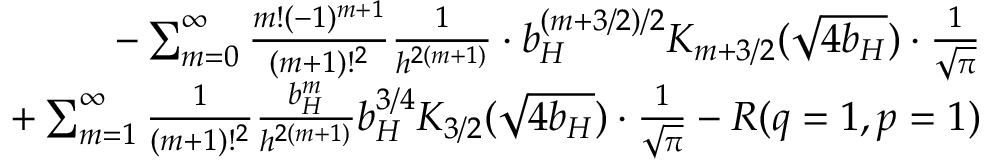
\begin{array} { r l r } & { } & { - \sum _ { m = 0 } ^ { \infty } { \frac { m ! ( - 1 ) ^ { m + 1 } } { ( m + 1 ) ! ^ { 2 } } } { \frac { 1 } { h ^ { 2 ( m + 1 ) } } } \cdot b _ { H } ^ { ( m + 3 / 2 ) / 2 } K _ { m + 3 / 2 } ( \sqrt { 4 b _ { H } } ) \cdot { \frac { 1 } { \sqrt { \pi } } } } \\ & { } & { + \sum _ { m = 1 } ^ { \infty } { \frac { 1 } { ( m + 1 ) ! ^ { 2 } } } { \frac { b _ { H } ^ { m } } { h ^ { 2 ( m + 1 ) } } } b _ { H } ^ { 3 / 4 } K _ { 3 / 2 } ( \sqrt { 4 b _ { H } } ) \cdot { \frac { 1 } { \sqrt { \pi } } } - R ( q = 1 , p = 1 ) } \end{array}